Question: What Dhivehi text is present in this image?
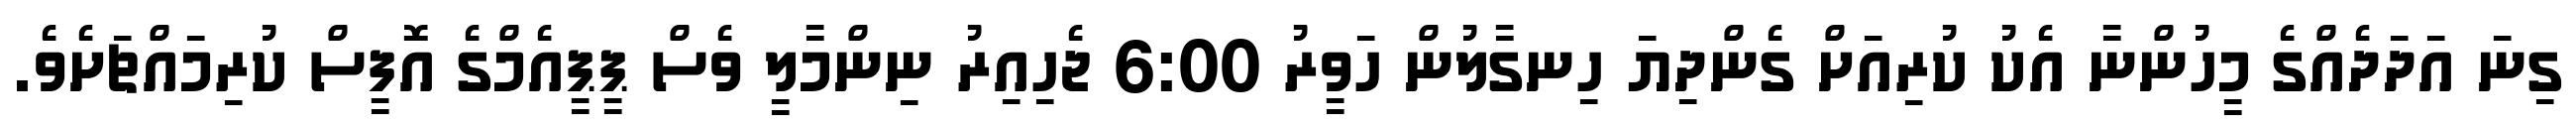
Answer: ގިނަ އަދަދެއްގެ މީހުންނާ އެކު ކުރިއަށް ގެންދިޔަ ހިނގާލުން ހަވީރު 6:00 ޖެހިއިރު ނިންމާލީ ވެސް ޕީޕީއެމްގެ އޮފީސް ކުރިމައްޗަށެވެ.